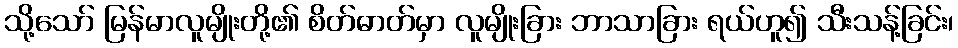
သို့သော် မြန်မာလူမျိုးတို့၏ စိတ်ဓာတ်မှာ လူမျိုးခြား ဘာသာခြား ရယ်ဟူ၍ သီးသန့်ခြင်း၊